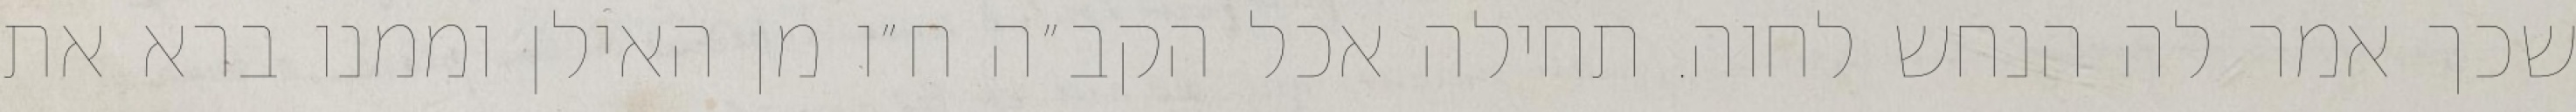
שכך אמר לה הנחש לחוה. תחילה אכל הקב״ה ח״ו מן האילן וממנו ברא את